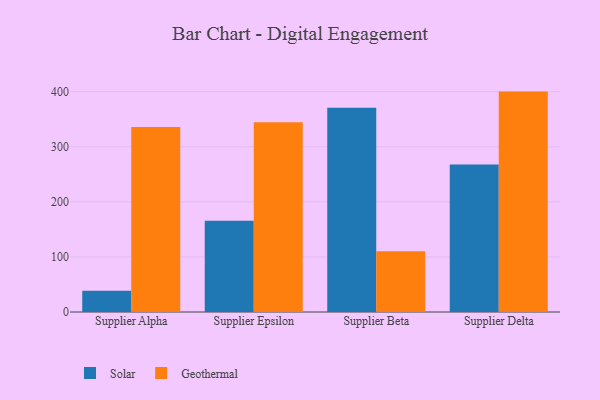
{"axis": {"x": "Supplier", "y": "Waste Production (Tons)"}, "legend": ["Geothermal", "Solar"], "data": [{"x": "Supplier Alpha", "y": 38.8, "type": "Solar"}, {"x": "Supplier Alpha", "y": 336.1, "type": "Geothermal"}, {"x": "Supplier Epsilon", "y": 165.8, "type": "Solar"}, {"x": "Supplier Epsilon", "y": 344.6, "type": "Geothermal"}, {"x": "Supplier Beta", "y": 371.1, "type": "Solar"}, {"x": "Supplier Beta", "y": 110.1, "type": "Geothermal"}, {"x": "Supplier Delta", "y": 268.0, "type": "Solar"}, {"x": "Supplier Delta", "y": 400.2, "type": "Geothermal"}]}